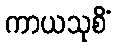
ကာယသုစိံ